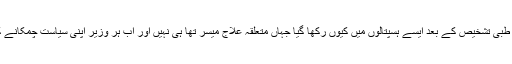
حکومت پر تنقید کرتے ہوئے ان کا کہنا تھا کہ پی آئی سی میں طبی تشخیص کے بعد ایسے ہسپتالوں میں کیوں رکھا گیا جہاں متعلقہ علاج میسر تھا ہی نہیں اور اب ہر وزیر اپنی سیاست چمکانے کے لیے پھر بیان بازی کر رہا ہے جو انتہائی افسوس ناک ہے۔